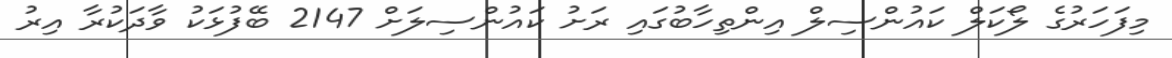
މިފަހަރުގެ ލޯކަލް ކައުންސިލް އިންތިހާބުގައި ރަށު ކައުންސިލަށް 2147 ބޭފުޅަކު ވާދަކުރާ އިރު